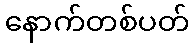
နောက်တစ်ပတ်